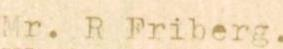
Mr. R Friberg.